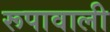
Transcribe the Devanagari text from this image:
रूपावाली